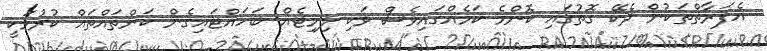
އެފަރާތްތަކުން ދެކޭ ގޮތުގައި ކޮންމެ ކަމެއްގައިވެސް ވަކި ލިމިޓެއް ބަހައްޓައިގެން ކަންތައްތައް ކުރުމަކީ